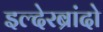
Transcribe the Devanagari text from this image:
इल्देरब्रांदो